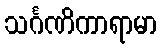
သင်္ဂဏိကာရာမာ